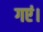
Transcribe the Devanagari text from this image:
गएं।